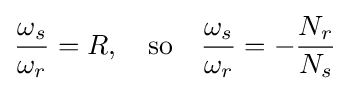
{\frac {\omega _{s}}{\omega _{r}}}=R,\quad {\mbox{so}}\quad {\frac {\omega _{s}}{\omega _{r}}}=-{\frac {N_{r}}{N_{s}}}